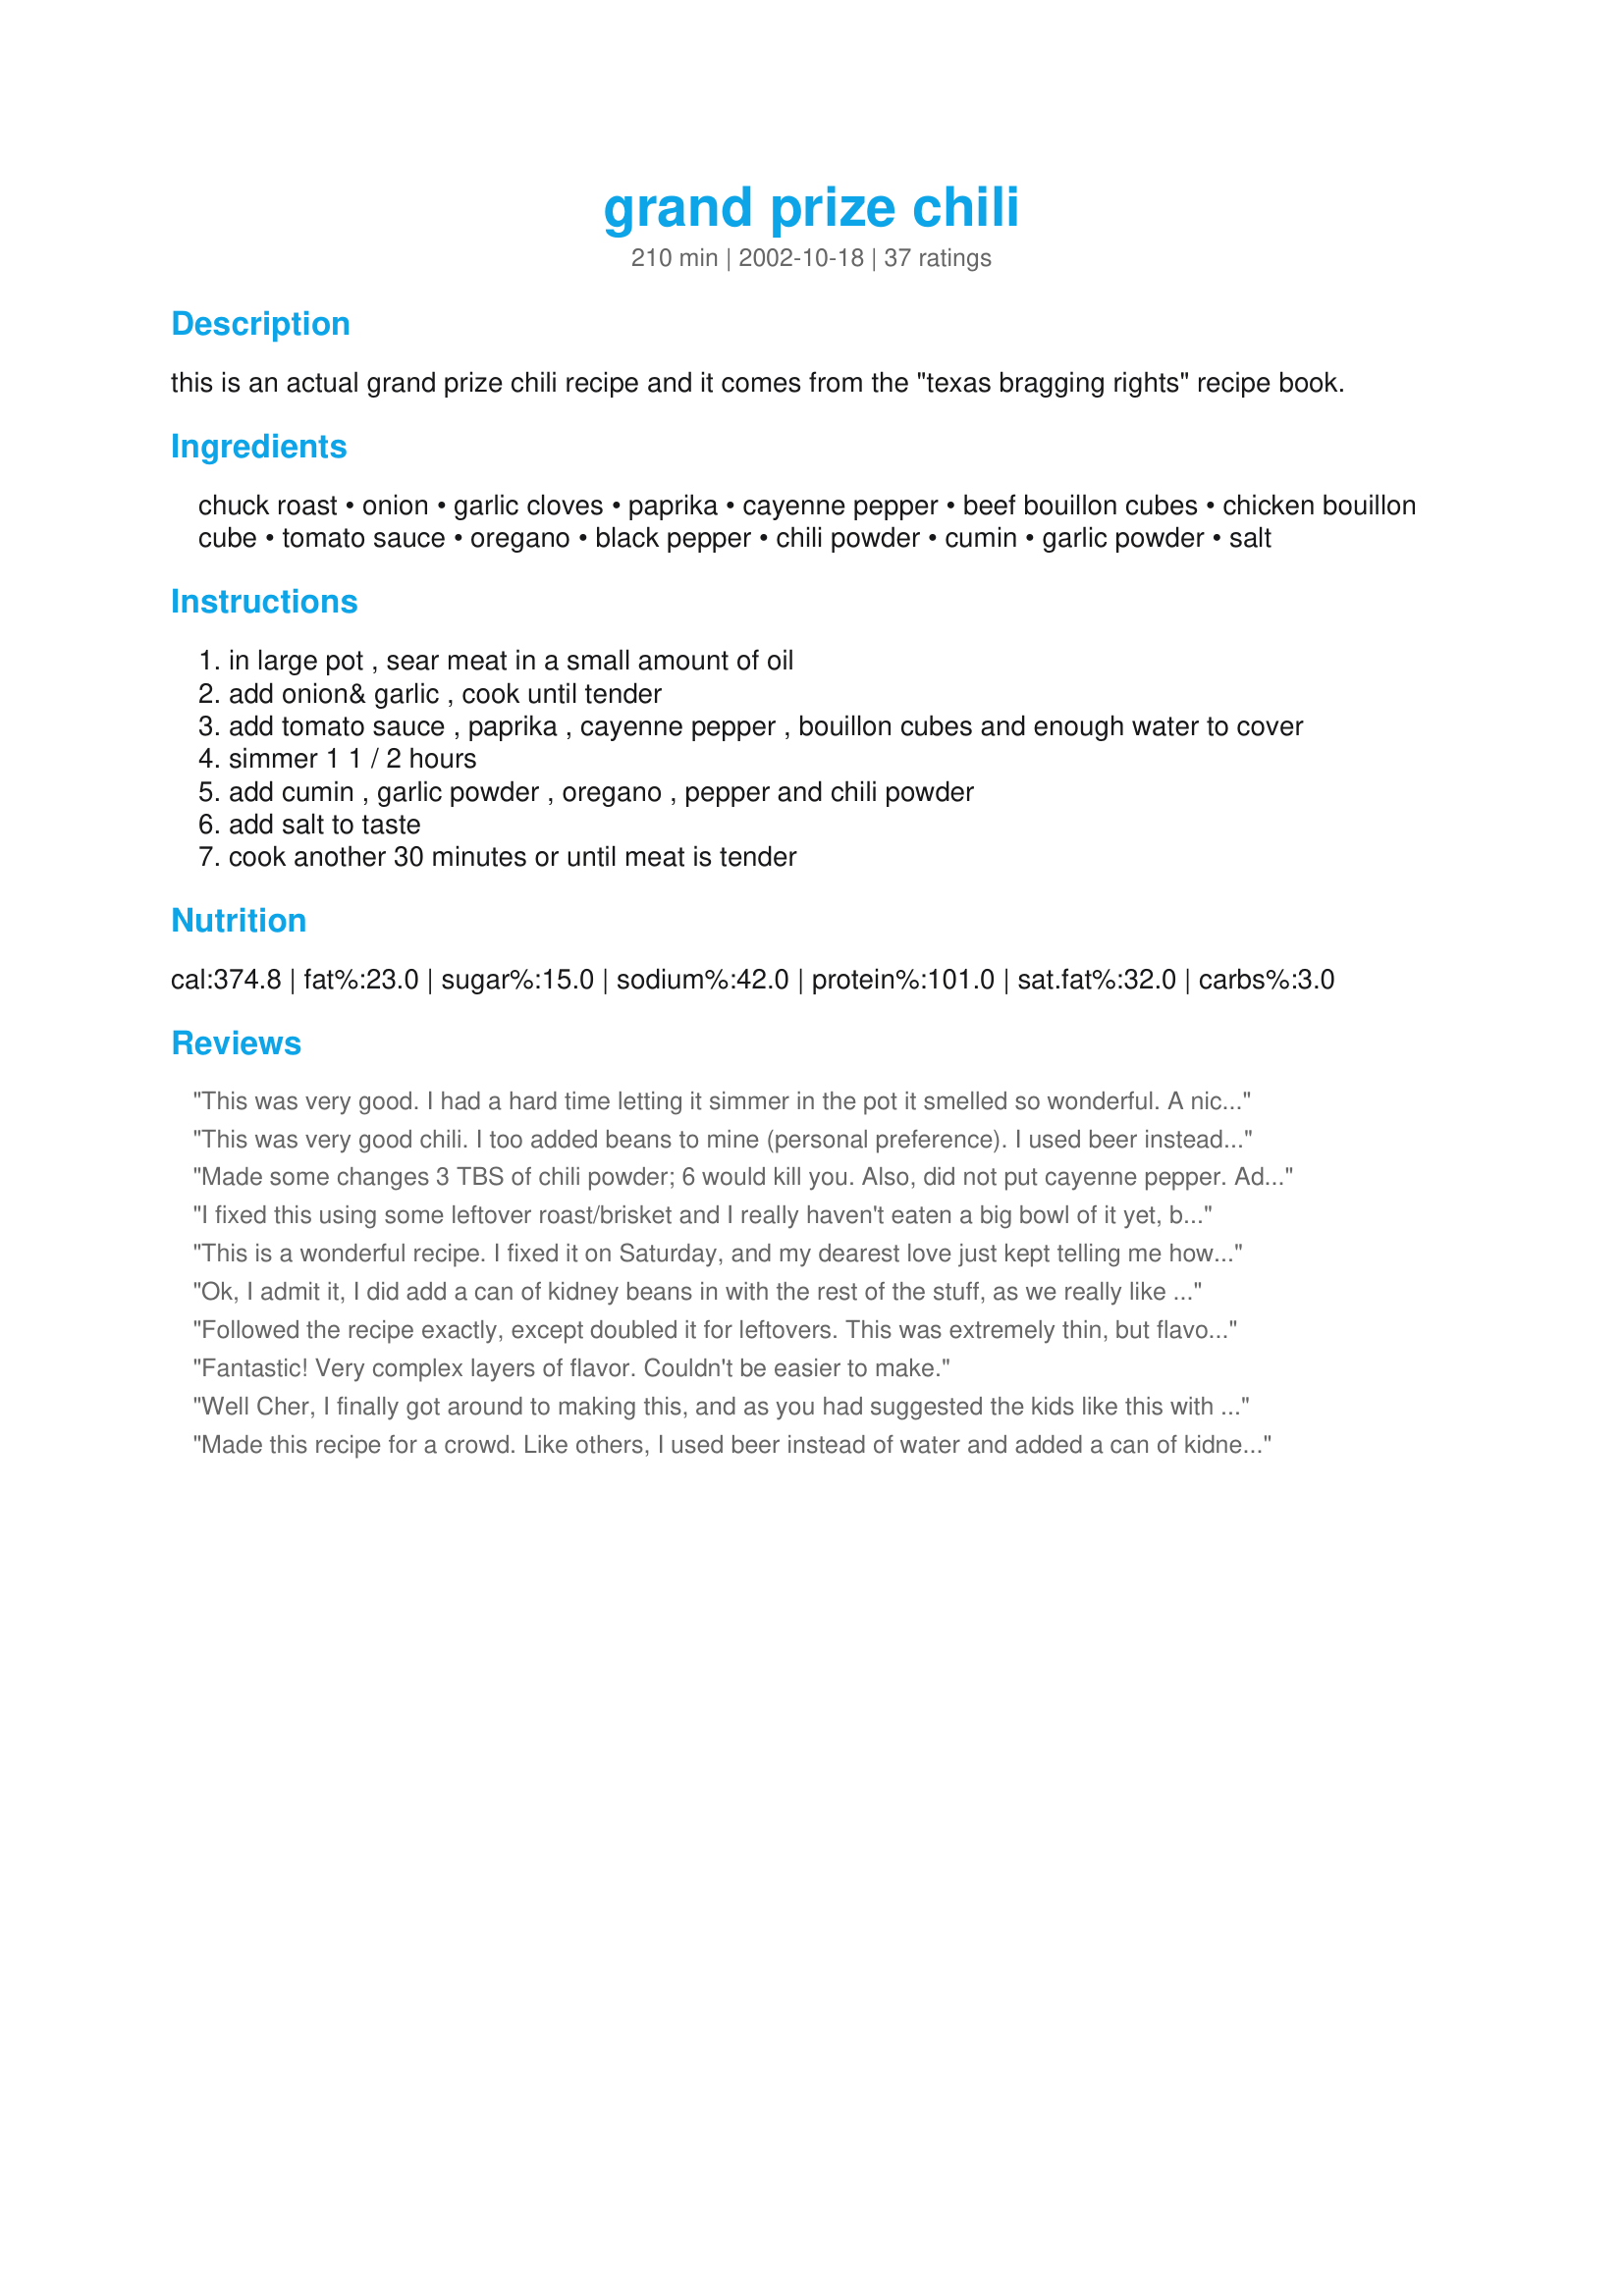
grand prize chili
Preparation time: 210 minutes

this is an actual grand prize chili recipe and it comes from the "texas bragging rights" recipe book.

Ingredients:
chuck roast, onion, garlic cloves, paprika, cayenne pepper, beef bouillon cubes, chicken bouillon cube, tomato sauce, oregano, black pepper, chili powder, cumin, garlic powder, salt

Steps:
in large pot , sear meat in a small amount of oil
add onion& garlic , cook until tender
add tomato sauce , paprika , cayenne pepper , bouillon cubes and enough water to cover
simmer 1 1 / 2 hours
add cumin , garlic powder , oregano , pepper and chili powder
add salt to taste
cook another 30 minutes or until meat is tender

Reviews:
This was very good. I had a hard time letting it simmer in the pot it smelled so wonderful. A nice change from the ground beef and bean chili.
This was very good chili. I too added beans to mine (personal preference). I used beer instead of water as another member had suggested, and used 2 lbs. ground venison instead of the chuck roast. Thanks for sharing.
Made some changes 3 TBS of chili powder; 6 would kill you. Also, did not put cayenne pepper. Added 3 cups of fresh pinto beans and it was great! Great recipe just need to customize a bit.
I fixed this using some leftover roast/brisket and I really haven't eaten a big bowl of it yet, but sampled it and I must say I think it's going to be great. Thanks.
This is a wonderful recipe. I fixed it on Saturday, and my dearest love just kept telling me how much he likes it.
I did add some beans and also a red bell pepper, but it would have been fine without them. Thanks for a winning recipe. ingrid in tampa
Ok, I admit it, I did add a can of kidney beans in with the rest of the stuff, as we really like beans in ours. Also, I used ground round beef in ours instead of the chuck. I also added in a can of Rotel tomatoes with green chilies just because we love them so well, so I did change it up a bit, but I can see why this recipe won a contest. It is REALLY awesome! I had with some Recipe #14835 on the side and it was an awesome meal to be repeated this winter! Thanks!
Followed the recipe exactly, except doubled it for leftovers. This was extremely thin, but flavorful. I added a can of refried beans to thicken it, but it still needed more, so I added flour mixed with water to thicken it. I also ended up adding 2 cans of beans, since there was so much 'soup' compared to the rest of it. Great flavor, though! Recommended!
Fantastic! Very complex layers of flavor. Couldn't be easier to make.
Well Cher, I finally got around to making this, and as you had suggested the kids like this with ground beef, that is the choice I made. It was wonderful!! I used the chipotle you had sent and it was not too hot although I had to adjust the amount like you said. It was a little salty, but then I tend to oversalt things, and therefore this is NOT due to your recipe. I will certainly make this again using the chuck roast instead, and I want to thank you for your patience as it seems like it took me forever to get this done! lol Very good chili hon! :)
Made this recipe for a crowd. Like others, I used beer instead of water and added a can of kidney beans. Stuck all the ingredients in a crock pot for the day and when my guests came, it was the hit of the party. Nice and spicy, juicy tender beef, great flavors. I would recommend this to anyone looking for a great classic chili recipe!
Excellent chili...first time I've made a chili using chunks of meat instead of ground! I used a 2 lb. roast, half a large onion and reduced the spices by 1/3. In place of the bouillon I just threw in one packet of ramen noodle seasoning. I kept the tomato sauce the same, and subbed chicken broth for half the water used--which lacked covering it all by an inch or two. Added some chickpeas and black beans and threw it all in the crockpot on high for four hours, then low for another two hours....Turned out perfectly seasoned and thick!
Can I give this about 50 stars? Cher, this is awesome chili! I made it exactly as stated, no substitutions, but I used some fresh hot peppers in addition to the cayenne(I didn't have enough of the cayenne.) I used beer instead of water, mmm... And now for the million dollar question...Did I add beans???? You have converted this born and bred Yankee and my Yankee husband! I no longer need beans in my chili, lol! It was nice and thick all on it's own, and soooo good. We had it w/ cornbread. And the leftovers are even better, if that's possible. Just amazing chili, and the only one I'll make from now on. Thanks Cher!
I really love the flavor of this! The only thing I had a problem with is that it was way too runny/soupy for me to consider being a chili. I ended adding about 1/4 cup masa harina to help thicken it up. Even so, it has a lot of sauce/liquid, and has plenty of room for more beef or onions, etc. Personally, I think this would be heavenly served over burritos or chimichangas (as a beef in chile sauce), and I will plan on that next time I make this. Thanks for posting!
I'm not a chili lover, but this was spectacular--right up there with my Filipino mother-in-law's beanless chili. I did add beans (for hubby and because I didn't have enough meat) and it didn't detract from it. We followed the Filipino custom of eating it with rice--a great way to offset the heat, which was just perfect.
This chili was awesome! My daughter's 4th grade class had Texas Day and had a chili cookoff. I was the mom elected to supervise (chose and help make:)) the chili for our group. I chose this one. We made this as written, however, the girls insisted that I throw in a can of red beans before it went to the judging. The beans were actually a nice touch. Our team won 1st place - I was so proud! Thanks!
This was wonderful, I made exactly as the recipe called. ( I took some out of the pot at the end and added beans for myself) This is a keeper. Thanks Cher
I thought this was okay but my husband loved it.
Simply the best chili! The only thing I changed was, I substituted beer for the water, as MG suggested. I let this simmer on the stove for a couple of hours, it smelled wonderful while it was cooking. I knew this was a winner, but BF has already requested it agian, and I just made it two days ago, so it was definately a hit. The flavor of this chili was just awesome! You MUST try this! Definately a keeper Cher!
True TEXAS Chili! My family loved it! I like it because it doesn't call for the normal ground beef! The flavor reminds me a little of Wick Fowler's chili. The only change I made was substituting 1/2 the water with beer. Thanks Cher for a great recipe!
Absolutely delicious Cher! Another converted Yankee here... ;) Since all y'all from Texas have been ribbing me about never having tried "chili," but rather, "yankee stew," I had to give your recipe a shot...OMG! YUM! I loved having the chunks of beef instead of ground, and I loved the spicy thick chili juice too...just perfect on the seasonings...I served mine with a dollop of sour cream, cheddar-jack cheese and fresh chopped cilantro...MMMMMM!! I may sub some water for beer next time, but I loved it just as is. Thanks Cher!!! :)
Who knew I California girl could cook such amazing chili? Thanks to your recipe, that is. This chili is so delicious. My mouth was watering the entire time it wa simmering. I used half beer and half water. Truly the best! Thanks for posting!!!
I didn't have time to cut up a chuck roast, so I used 2 parts ground beef, and 1 part sausage (Bob Evans original). I used beer in place of the water, and halved the amount of cayenne. I tasted it after it had simmered and it was SPICY! It also wasn't the kind of chili I'm used to (I've always made a very tomato-based chili). So...I panicked because I was having company for dinner! I added two large cans of tomato puree, and 1 large can of tomato paste. Threw in a can of dark red kidney beans and added more garlic powder. The chili turned out REALLY good. I probably shouldn't even be rating this recipe, because I changed it so much, but the recipe gave me a really good base for some really good chili! Thanks!
I do not consider myself a good cook at all but I like to try new things. That said my girlfriend&#039;s family has a very, very competitive quarterly cook-off competition and this time around it was chili. I decided to give it a try even though I am not a big chili fan. I researched many recipes trying to find something unique but not overly difficult as a starting point and came across this recipe. I learned a lot of tips from reading the reviews and I also watched about 12 YouTube videos of chili champs making their recipes and looked for tips and consistently used ingredients to add. That said I used this recipe and made the following changes: I replaced the chuck roast with 2 lbs of ground chuck and 1 lbs of diced stew meat, Replaced the paprika with smoked paprika, Added 5 pieces of bacon cut thin with scissors, Added a can of fire roasted tomatoes, Substituted beer (Miller Lite) for water, Cut the chili powder to 3 tablespoons, Deleted salt, added a tablespoon of brown sugar, added a splash of tabasco and a splash of Texas Pete&#039;s hot sauce and let it simmer for at least an hour. 6 entries and 10 judges and my chili won!!! I am sitting here still in shock but it happened. Thank you so much Just Cher and Food.com!
When I walked into the house and smelled this cooking, I had to take a taste. My first thoughts were, "a little too spicy and what it really needs is a can of bea...."

OUCH! WHAT THE HECK?!?!?! STOP BEATING ME!!! HEY, WHAT"S THAT SHINY THING???

Oh Cher, this is Moxie. I am so sorry. I came home from the store and found a Yankee had broken into the house and was typing at my computer. I lured him outside by rolling a six-pack of Old Milwaukee into the driveway. Unfortunately, he ran right into the path of our neighbor's F-150. Such a stressful day.

Fortunately, I had your fine chili to calm my nerves. It is truly a masterpiece, and I am so glad you shared it. I substituted Shiner Bock for the water, but made no other changes, although we did top our bowls of red with a little sharp cheddar. 

Thank you so much for sharing this awesome recipe. It rocks and so do you!
Fantastic! I only used about 2 tablespoon of chili powder (that's
all I had) and this recipe still turned out GREAT. Much, much better
than regular chili-also very different. If you have small kids or woosy husbands, be careful with the cayenne.
This is really good chili.I followed the recipe exactly although I did add beer for the water,turned out perfect.I am a chili freak and after trying this I will use this recipe often,especially when the stores have buy 1 get 1 free chuck roast,I need to use 2 roasts and double the recipe for my family.
Fabulous! The first time I've ever had chili without beans and I was impressed. I used beer instead of the water and also added about half a small can of pureed chipotle peppers. The flavor combination is just outstanding. A definite keeper, Cher. Thanks for posting!
This was excellent!!! I didn't make the beer substitution, as many of you had recommended, but I did add some zucchini chunks and sliced mushrooms during the last 30 minutes of cooking...mmmmmm!!
This is very good chili. I cut up the roast, but did use beer and 1 tsp unsweetened chocolate. I cut the cayenne in half. DH loves cayenne and said it was ALMOST too hot. I still like my chili better (Gg's best chili) It comes in a close second but Sorry.
This was truly the best chili I have ever had! I substituted beer for the water, included 2 cans of red beans, and cooked it in a crock pot for 5 hours. I served the chili w/ Homemade Biscuits (#17867) by Darlene Summers w/ cheddar cheese added, diced onion, grated cheese & sour cream. Delicious!
I'm so behind in reviewing my recipes! I made this a good week and half ago and it was the first time I made chili from scratch. It was perfect! It was better than the Chili-O packets I buy! I used Corona's instead of water and added a can of pinto beans to it. My fiance will not eat chili unless it has beans in it! It also reheated very nicely.
This is the best chili! I made it twice, the second time I substituted beer for the water and added some pureed chipotle peppers - it was even more awesome!
This chili is awesome! I followed the recipe exactly except that I cut the cayenne pepper in half. Guess I'm a little bit of a wuss! My husband said, "You ARE going to put this in your keeper file, right???" Thank you!
I doubled this. Used 2 Oberon beers. My husband has bad memories of pot roast so he didn't like it because of the Chuck Meat. I used 1/2 the amount of Chilil Powder. Very rich!! Not too spicy.
This recipe is incredible. I made it yesterday and the entire pot was devoured. My husband was back for seconds (probably thirds) as a midnight snack and finished it off! My kids (age 10 and 12) loved it. They said it was spicy but loved the flavor and kept on eating, going for seconds too! I followed the recipe except for only putting 3 tablespoons of chili powder and adding a can of beans. This is a keeper!!!! They are alreading asking when I am going to make it again! THANKS for sharing!!
Now that was a good chili recipe with outstanding texture and flavor!

Followed the recipe nearly to the letter. I added 1/2 tsp or so of chipotle powder because I'm a chipotle head. The heat was there up front, but not over-the-top hot. Used 1 bottle of Corona beer and then water just enough to cover the meat.
In 2 hours, it was thick and the chewy chunks of chuck were transformed into melt-in-your-mouth-tender morsels.

Thanks for a great addition to my cookbook!
Quite tasty & good flavor! I made it in the crockpot, since wasn't home for multiple hours. Threw first half of ingredients into pot as directed - cooked on HIGH for about 4 hours, then added remaining spices and turned to LOW for 1-2 hour more. Yes, it is runny at the end, but that's the style. I added chili beans for my preferences. And I did follow others recommendations and HALVED the Chili Powder & Cayenne. Had plenty of bite, and don't think DH would have eaten it otherwise. Thanks!! Great recipe and easy to add things for individual tastes.
